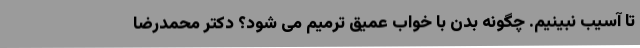
تا آسیب نبینیم. چگونه بدن با خواب عمیق ترمیم می شود؟ دکتر محمدرضا